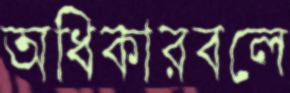
অধিকারবলে